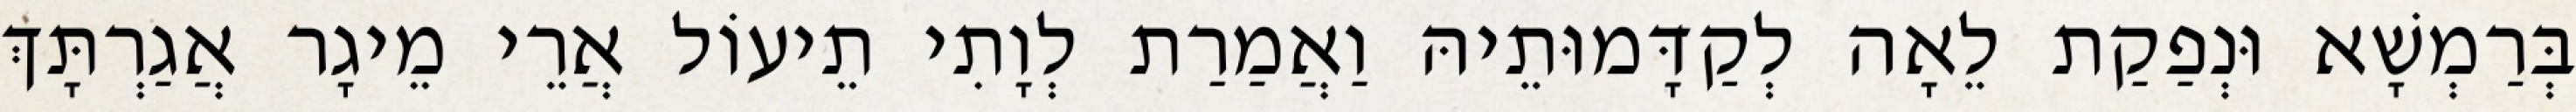
בְּרַמְשָׁא וּנְפַקַת לֵאָה לְקַדָּמוּתֵיהּ וַאֲמַרַת לְוָתִי תֵיעוֹל אֲרֵי מֵיגָר אֲגַרְתָּךְ